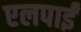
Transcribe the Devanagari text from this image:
एलपाईं